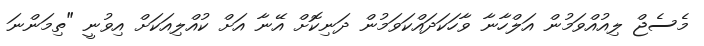
މެސެޖް ލިއުއްވަމުން އަލްހާނާ ވާހަކަދައްކަވަމުން ދަނިކޮށް އޭނާ އަށް ކުއްލިއަކަށް އިވުނީ "ތިމަންނަ